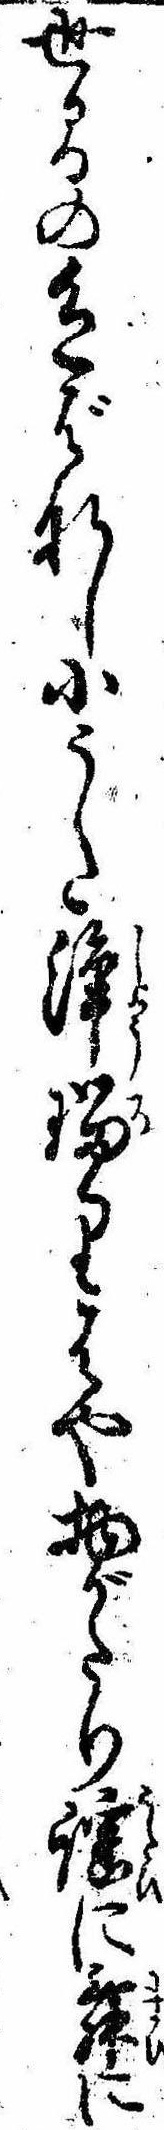
世間の色ばなし小うた浄瑠りはや物がたり謡に舞に